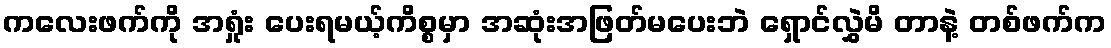
ကလေးဖက်ကို အရှုံး ပေးရမယ့်ကိစ္စမှာ အဆုံးအဖြတ်မပေးဘဲ ရှောင်လွှဲမိ တာနဲ့ တစ်ဖက်က